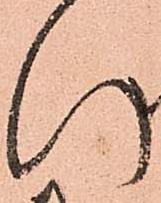
い